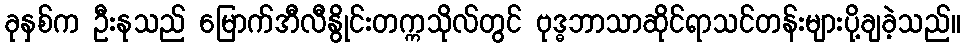
ခုနှစ်က ဦးနုသည် မြောက်အီလီနွိုင်းတက္ကသိုလ်တွင် ဗုဒ္ဓဘာသာဆိုင်ရာသင်တန်းများပို့ချခဲ့သည်။